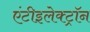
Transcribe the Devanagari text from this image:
एंटीइलेक्ट्रॉन